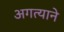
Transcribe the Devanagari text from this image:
अगत्याने